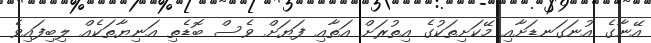
އޭނާގެ އުނަގަނޑަށާއި މޭކަށިތަކުގެ އިތުރަށް އަތާއި ފަޔަށް ވެސް ބޮޑެތި އަނިޔާތަކެއް ލިބިފައިވެ